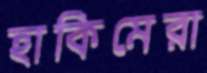
হাকিমেরা